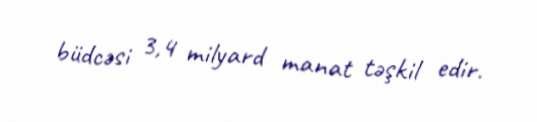
büdcəsi 3,4 milyard manat təşkil edir.